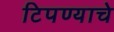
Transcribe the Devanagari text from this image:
टिपण्याचे